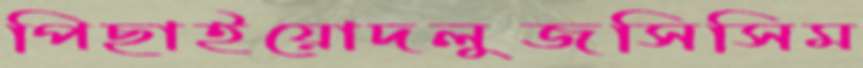
পিছাইয়োদলুজসিসিম